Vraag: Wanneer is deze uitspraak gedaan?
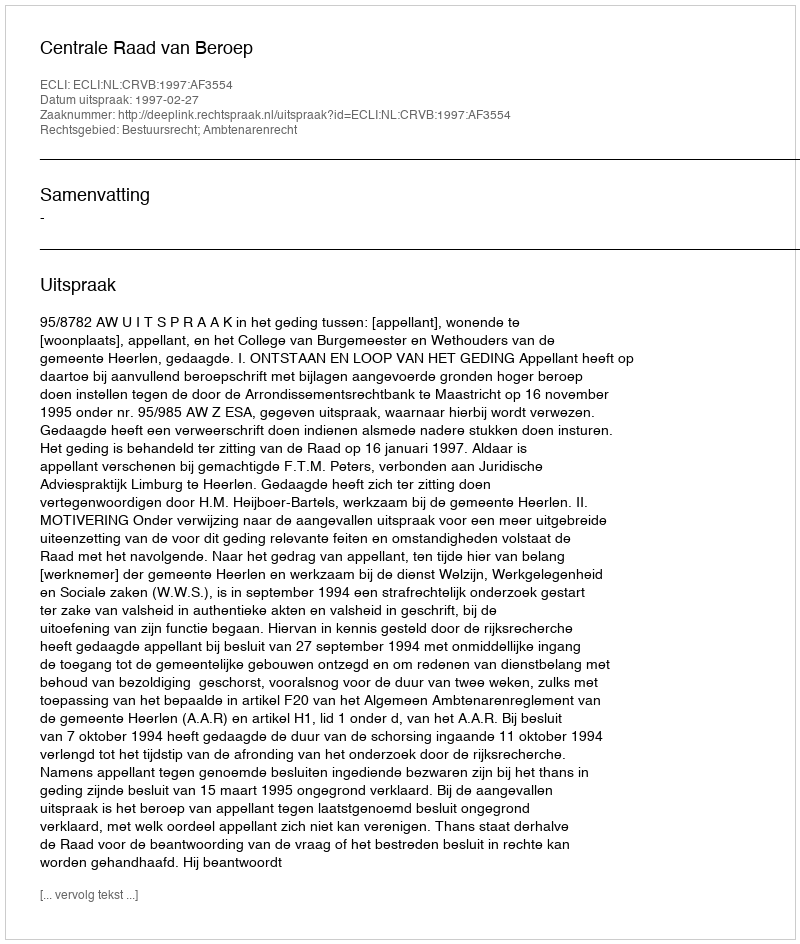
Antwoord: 1997-02-27